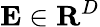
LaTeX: \mathbf{E}\in\mathbf{R}^{D}